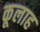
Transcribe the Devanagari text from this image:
कूलाह